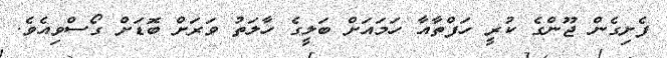
ފެށިގެން ޖޫންގެ ކުރީ ހަފްތާއާ ހަމައަށް ބަލީގެ ހާލަތު ވަރަށް ބޮޑަށް ގޯސްވިއެވެ.